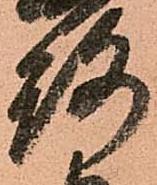
路